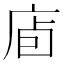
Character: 𢈞